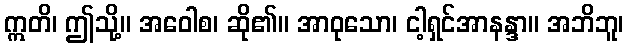
ဣတိ၊ ဤသို့။ အဝေါစ၊ ဆို၏။ အာဝုသော၊ ငါ့ရှင်အာနန္ဒာ။ အဘိဘူ၊